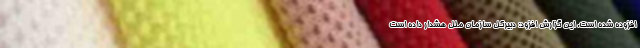
افزوده شده است. این گزارش افزود: دبیرکل سازمان ملل هشدار داده است